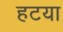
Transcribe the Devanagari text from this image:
हटया